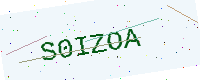
Text: S0IZOA